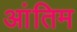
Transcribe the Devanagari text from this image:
आंतिम